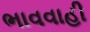
ભાવવાહી